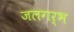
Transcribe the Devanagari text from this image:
जलगर्भ